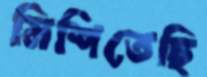
মিশিতেছি